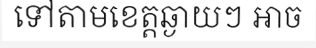
ទៅតាមខេត្តឆ្ងាយៗ អាច